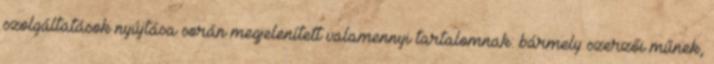
szolgáltatások nyújtása során megjelenített valamennyi tartalomnak: bármely szerzői műnek,